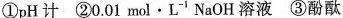
①pH计 ②0.01mol·L^{-1}NaOH溶液 ③酚酞